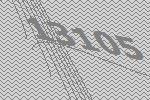
13105